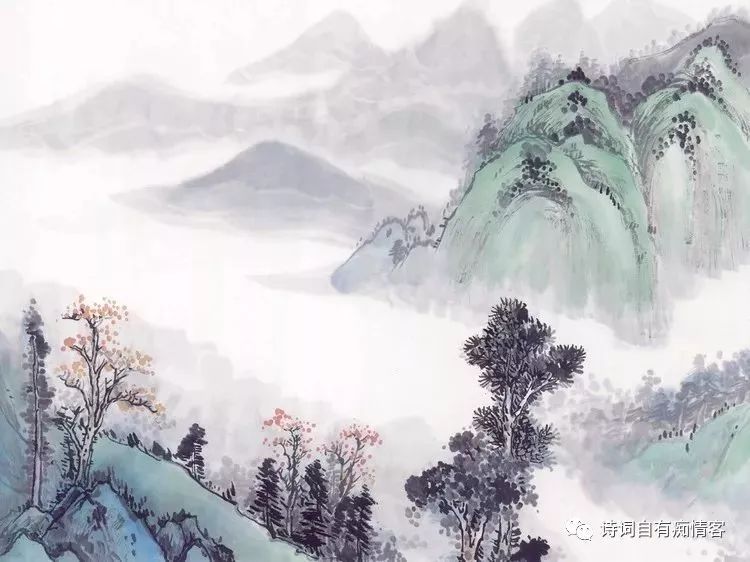
最无端处，总把良宵，只恁孤眠却。